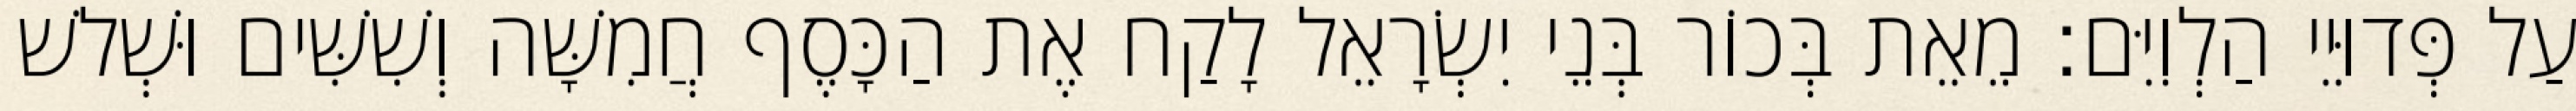
עַל פְּדוּיֵי הַלְוִיִּם׃ מֵאֵת בְּכוֹר בְּנֵי יִשְׂרָאֵל לָקַח אֶת הַכָּסֶף חֲמִשָּׁה וְשִׁשִּׁים וּשְׁלשׁ